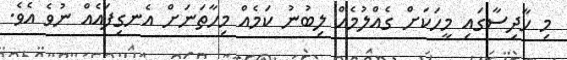
މި ހާދިސާގައި މީހަކަށް ގެއްލުމެއް ލިބުނު ކަމެއް މިހާތަނަށް އެނގިފައެއް ނުވެ އެވެ.